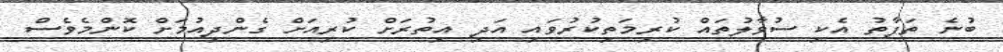
ބުނެ ތަފާތު އެކި ސުވާލުތައް ކުރިމަތިކުރުވައި އަދި އިތުރަށް ކުރިއަށް ގެންދިއުމަށް ކޮންމެވެސް